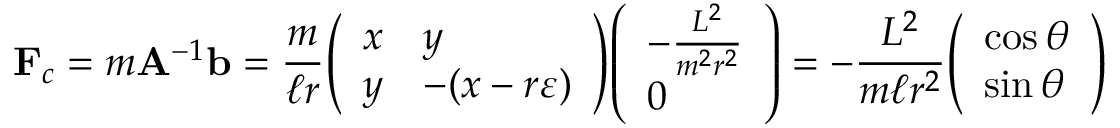
\mathbf { F } _ { c } = m \mathbf { A } ^ { - 1 } \mathbf { b } = { \frac { m } { \ell r } } { \left( \begin{array} { l l } { x } & { y } \\ { y } & { - ( x - r \varepsilon ) } \end{array} \right) } { \left( \begin{array} { l } { - { \frac { L ^ { 2 } } { m ^ { 2 } r ^ { 2 } } } } \\ { 0 } \end{array} \right) } = - { \frac { L ^ { 2 } } { m \ell r ^ { 2 } } } { \left( \begin{array} { l } { \cos \theta } \\ { \sin \theta } \end{array} \right) }